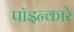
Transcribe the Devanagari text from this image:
पॉइन्कारे